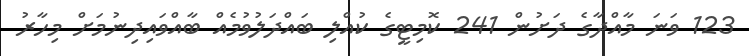
123 ވަނަ މާއްދާގެ ދަށުން 241 ކޮމިޓީގެ ކުއްލި ބައްދަލުވުމެއް ބާއްވައިދިނުމަށް މިހާރު